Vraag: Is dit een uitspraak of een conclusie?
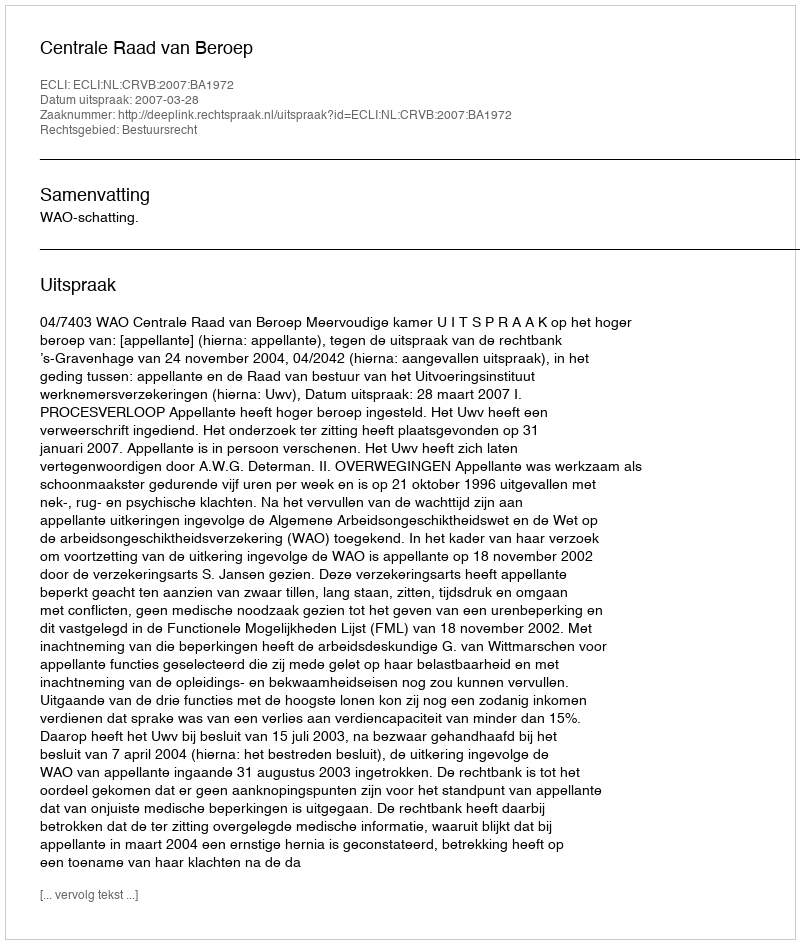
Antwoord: Uitspraak